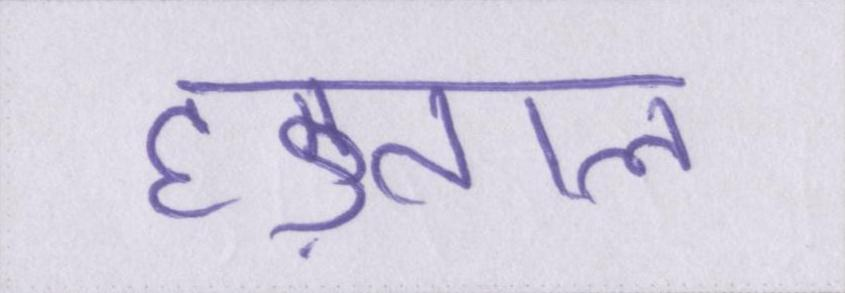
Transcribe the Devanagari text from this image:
हड़ताल